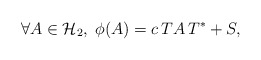
\begin{align*}\forall A \in {\cal H}_2, \; \phi (A) = c\,T A\, T^* + S,\end{align*}